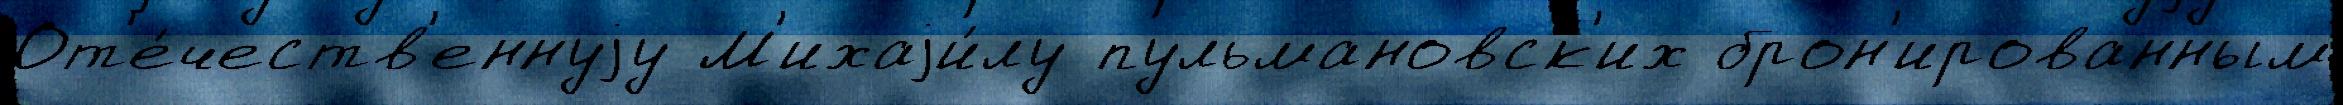
От'е́честв'еннуjу М'ихаjи́лу пульмановск'их брон'ированным